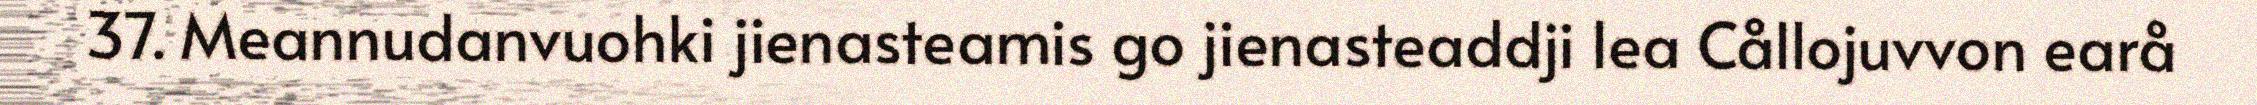
37. Meannudanvuohki jienasteamis go jienasteaddji lea Cållojuvvon earå